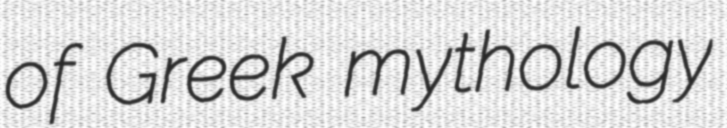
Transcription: of Greek mythology